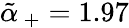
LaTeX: \tilde{\alpha}_{\, +}=1.97